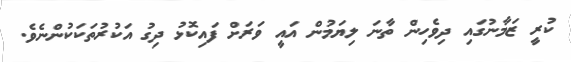
ކުރީ ޒަމާނުގައި ދިވެހިން ތާނަ ލިޔަމުން އައީ ވަރަށް ފައިކޮޅު ދިގު އަކުރުތަކަކުންނެވެ.